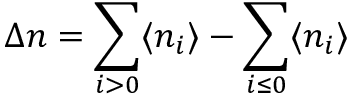
\Delta n = \sum _ { i > 0 } \langle n _ { i } \rangle - \sum _ { i \leq 0 } \langle n _ { i } \rangle